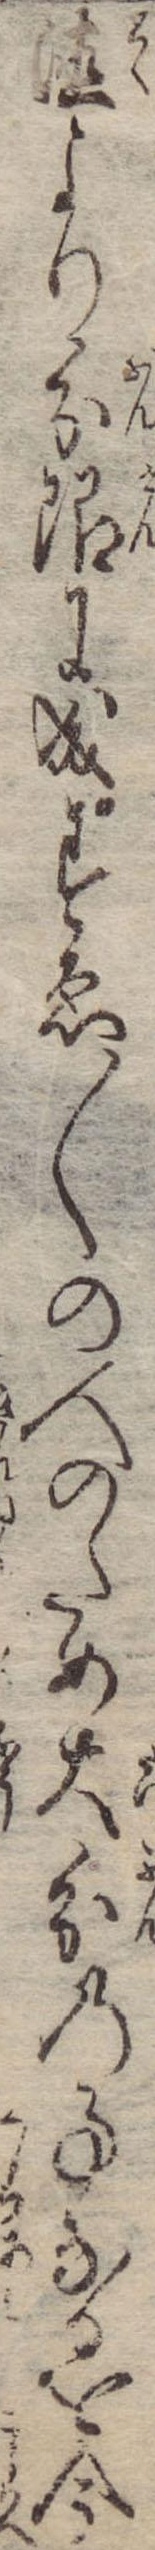
徳より分限に成すゑ〱の人のため大分の事なるを今